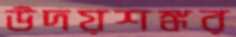
উদয়শঙ্কর